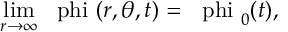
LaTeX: \operatorname * { l i m } _ { r \rightarrow \infty } \mathrm { \boldmath ~ \ p h i ~ } ( r , \theta , t ) = \mathrm { \boldmath ~ \ p h i ~ } _ { 0 } ( t ) ,